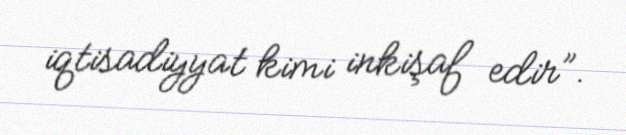
iqtisadiyyat kimi inkişaf edir”.